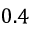
0 . 4